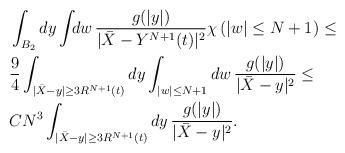
LaTeX: \begin{align*}&\int_{B_2 } dy \int_{} dw\, \frac{g(|y|) }{|\bar X - Y^{N+1}(t)|^{2}}\chi\left(|w|\leq N+1\right)\leq \\&\frac94\int_{ |\bar{X}-y|\geq 3R^{N+1}(t)} dy \int_{|w|\leq N+1} dw\, \frac{g(|y|) }{|\bar X -y|^{2}}\leq\\& CN^3\int_{|\bar{X}-y|\geq 3R^{N+1}(t)} dy\, \frac{g(|y|) }{|\bar X -y|^{2}}.\end{align*}